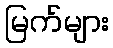
မြက်များ